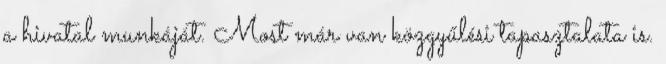
a hivatal munkáját. Most már van közgyűlési tapasztalata is.